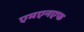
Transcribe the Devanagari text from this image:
एमएनएफ